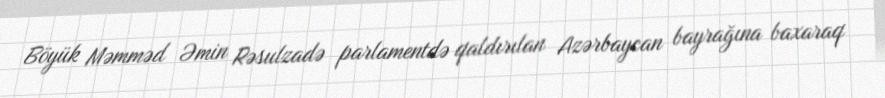
Böyük Məmməd Əmin Rəsulzadə parlamentdə qaldırılan Azərbaycan bayrağına baxaraq